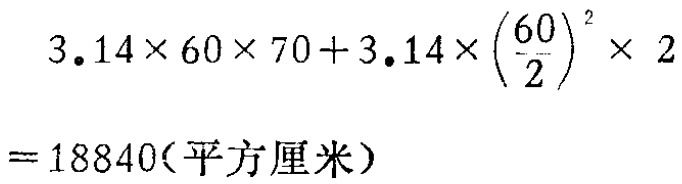
\[

\begin{align*}

&3.14\times60\times70 + 3.14\times\left(\frac{60}{2}\right)^2\times2\\

=&18840(\text{平方厘米})

\end{align*}

\]